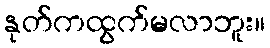
နုတ်ကထွက်မလာဘူး။